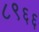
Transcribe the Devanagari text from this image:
८९६६